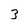
Character: 3